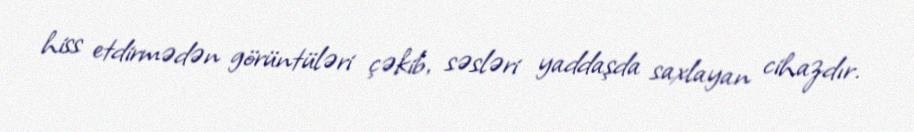
hiss etdirmədən görüntüləri çəkib, səsləri yaddaşda saxlayan cihazdır.